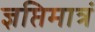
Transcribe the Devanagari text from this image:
ज्ञप्तिमात्रं